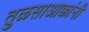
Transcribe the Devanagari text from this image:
तुळसाआक्कांनी